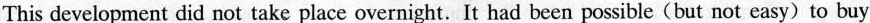
This development did not take place overnight. It had been possible(but not easy) to buy